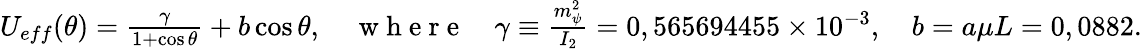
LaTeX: \begin{array}{r}{U_{eff}(\theta)=\frac{\gamma}{1+\cos\theta}+b\cos\theta,\quad\mathrm{~w~h~e~r~e~}\quad\gamma\equiv\frac{m_{\psi}^{2}}{I_{2}}=0,565694455\times 10^{-3},\quad b=a\mu L=0,0882.}\end{array}